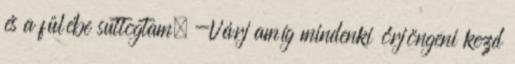
és a fülébe suttogtam. -Várj amíg mindenki őrjöngeni kezd